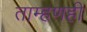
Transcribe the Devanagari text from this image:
ताम्हणही